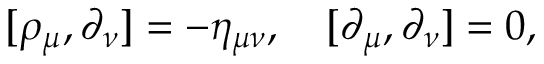
[ \rho _ { \mu } , \partial _ { \nu } ] = - \eta _ { \mu \nu } , \quad [ \partial _ { \mu } , \partial _ { \nu } ] = 0 ,